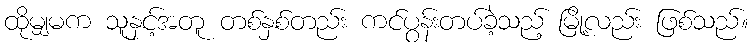
ထိုမျှမက သူနှင့်အတူ တစ်နှစ်တည်း ကင်ပွန်းတပ်ခဲ့သည့် မြို့လည်း ဖြစ်သည်။